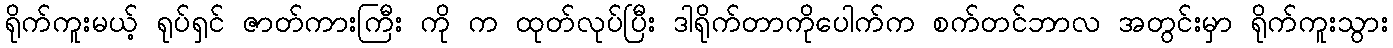
ရိုက်ကူးမယ့် ရုပ်ရှင် ဇာတ်ကားကြီး ကို က ထုတ်လုပ်ပြီး ဒါရိုက်တာကိုပေါက်က စက်တင်ဘာလ အတွင်းမှာ ရိုက်ကူးသွား